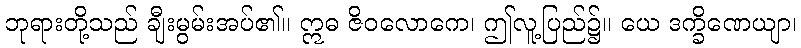
ဘုရားတို့သည် ချီးမွမ်းအပ်၏။ ဣဓ ဇိဝလောကေ၊ ဤလူ့ပြည်၌။ ယေ ဒက္ခိဏေယျာ၊